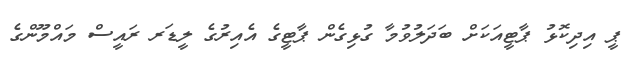
ޕީ އިދިކޮޅު ޕާޓީއަކަށް ބަދަލުވުމާ ގުޅިގެން ޕާޓީގެ އެއިރުގެ ލީޑަރ ރައީސް މައްމޫންގެ